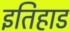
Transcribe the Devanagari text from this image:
इतिहाड